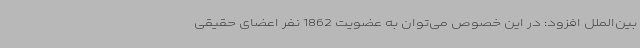
بین‌الملل افزود: در این خصوص می‌توان به عضویت 1862 نفر اعضای حقیقی